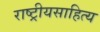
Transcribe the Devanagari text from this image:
राष्ट्रीयसाहित्य